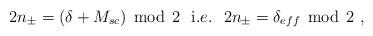
LaTeX: \begin{align*}2n_{\pm }=(\delta +M_{sc})\, \bmod \, 2\, \, \, \, \mathrm{i}.e.\, \, \, \, 2n_{\pm }=\delta _{eff}\, \bmod \, 2\, \, ,\end{align*}